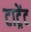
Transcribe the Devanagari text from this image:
टाट्रेंट